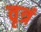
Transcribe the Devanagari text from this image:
वृत्रं